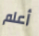
أعلم